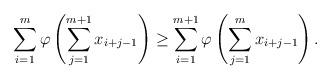
LaTeX: \begin{align*} \sum\limits_{i=1}^{m}\varphi\left(\sum\limits_{j=1}^{m+1}x_{i+j-1}\right)\geq \sum\limits_{i=1}^{m+1}\varphi\left(\sum\limits_{j=1}^{m}x_{i+j-1}\right).\end{align*}